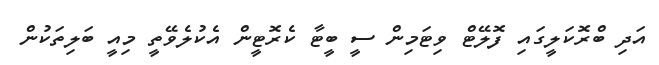
އަދި ބްރޮކަލީގައި ފޮލޭޓް ވިޓަމިން ސީ ބީޓާ ކެރޮޓީން އެކުލެވޭތީ މިއީ ބަލިތަކުން